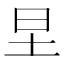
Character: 圼